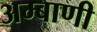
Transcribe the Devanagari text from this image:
अम्बाणी